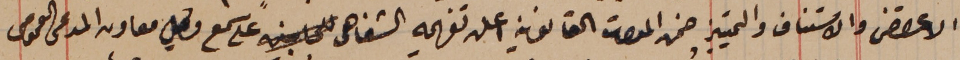
الاعتراض والاستناف والتمييز ضمن المدات القانونية اعلن تفهيمه الشفاهى على سمع                وكيل معاونه المدعى العمومى